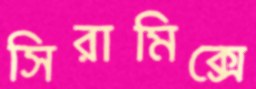
সিরামিক্সে